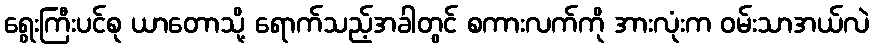
ရွေးကြီးပင်စု ယာတောသို့ ရောက်သည့်အခါတွင် စကားလက်ကို အားလုံးက ဝမ်းသာအယ်လဲ